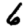
Digit: 6